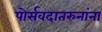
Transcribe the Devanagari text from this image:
पोर्सवदातरुनांना